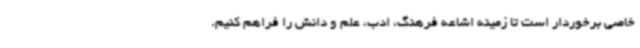
خاصی برخوردار است تا زمینه اشاعه فرهنگ، ادب، علم و دانش را فراهم کنیم.